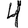
Digit: 4